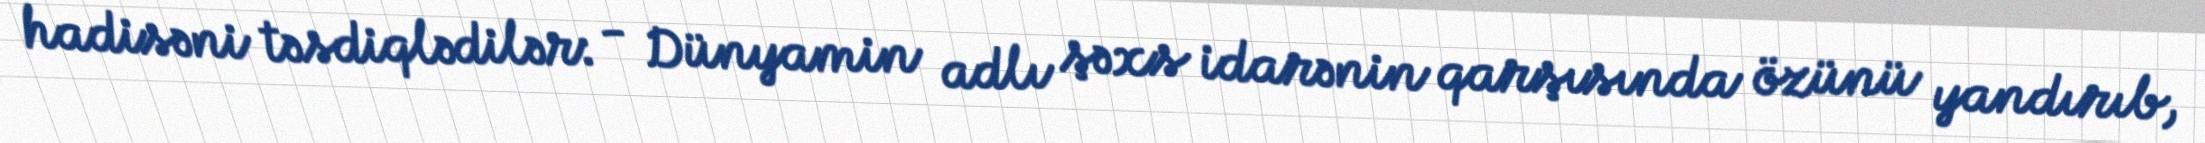
hadisəni təsdiqlədilər: - Dünyamin adlı şəxs idarənin qarşısında özünü yandırıb,